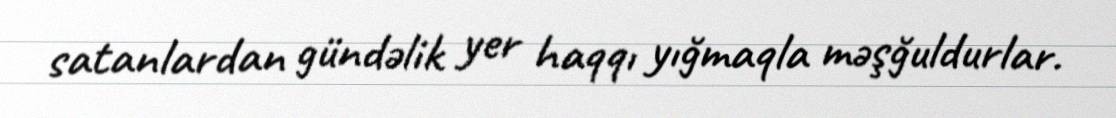
satanlardan gündəlik yer haqqı yığmaqla məşğuldurlar.